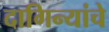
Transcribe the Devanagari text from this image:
दागिन्यांचे